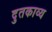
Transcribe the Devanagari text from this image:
दुतकाव्य